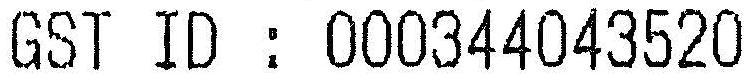
GST ID : 000344043520